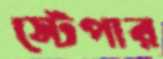
স্টেপার